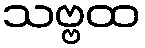
သဗ္ဗထ